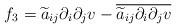
LaTeX: \begin{align*}f_3=\widetilde a_{ij}\partial_i\partial_j v-\overline{\widetilde a_{ij}\partial_i\partial_j v}\end{align*}